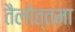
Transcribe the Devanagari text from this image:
तैलोत्तमा